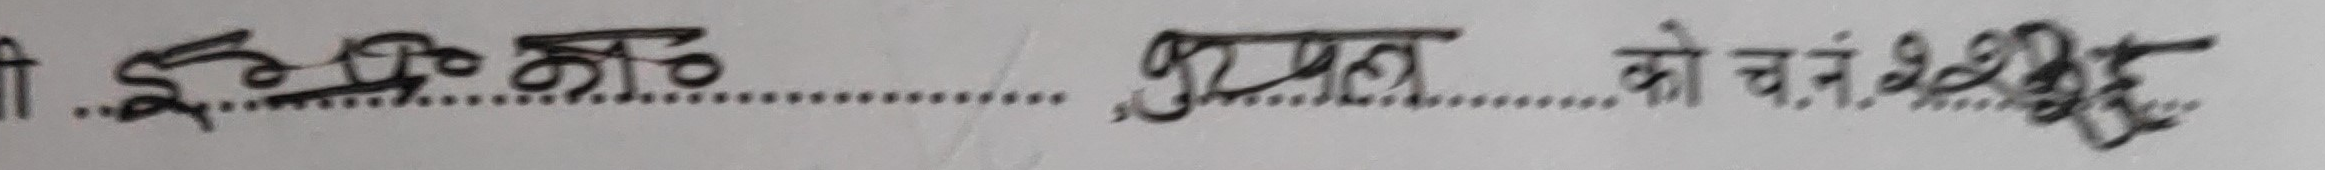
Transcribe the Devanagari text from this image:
टी .इन्दुमाठ ............. कुशल .............. को च.नं.  ३३३३